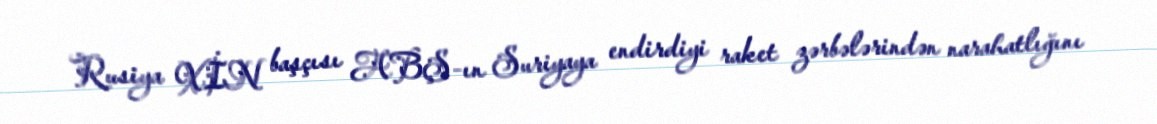
Rusiya XİN başçısı ABŞ-ın Suriyaya endirdiyi raket zərbələrindən narahatlığını